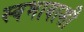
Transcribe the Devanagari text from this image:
स्वभावाशी